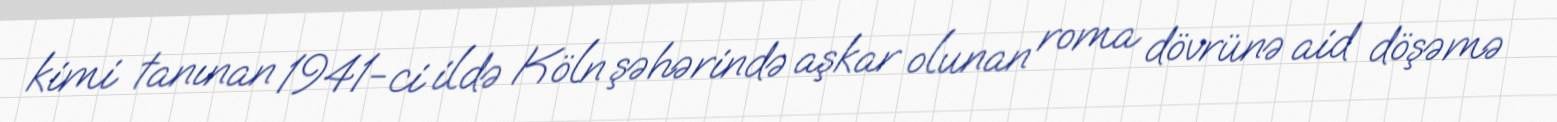
kimi tanınan 1941-ci ildə Köln şəhərində aşkar olunan roma dövrünə aid döşəmə